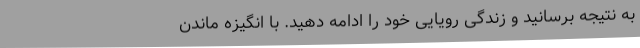
به نتیجه برسانید و زندگی رویایی خود را ادامه دهید. با انگیزه ماندن